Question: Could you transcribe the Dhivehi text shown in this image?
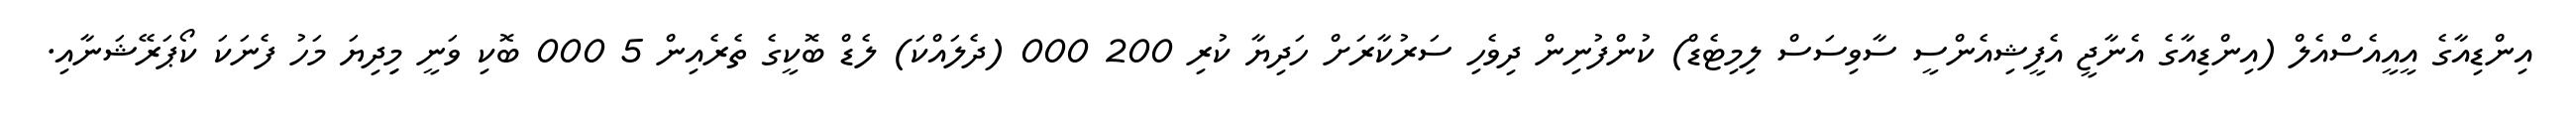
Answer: އިންޑިއާގެ އީއީއެސްއެލް (އިންޑިއާގެ އެނާޖީ އެފީޝިއެންސީ ސާވިސަސް ލިމިޓެޑް) ކުންފުނިން ދިވެހި ސަރުކާރަށް ހަދިޔާ ކުރި 200 000 (ދެލައްކަ) ލެޑް ބޮކީގެ ތެރެއިން 5 000 ބޮކި ވަނީ މިިދިޔަ މަހު ފެނަކަ ކޯޕަރޭޝަނާއި.